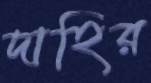
দাহির